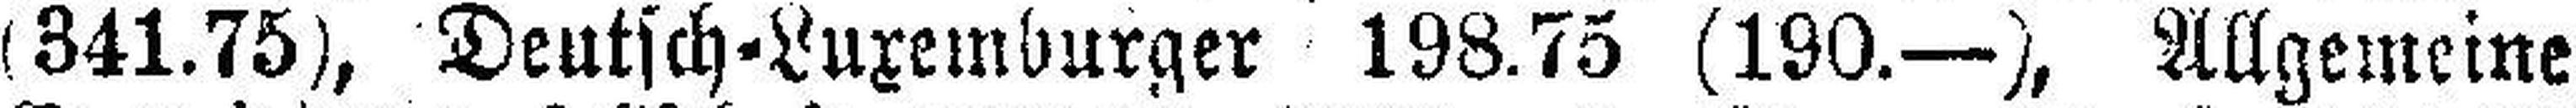
(341.75), Deutsch = Luxemburger 198.75 (190.—), Allgemeine